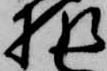
様